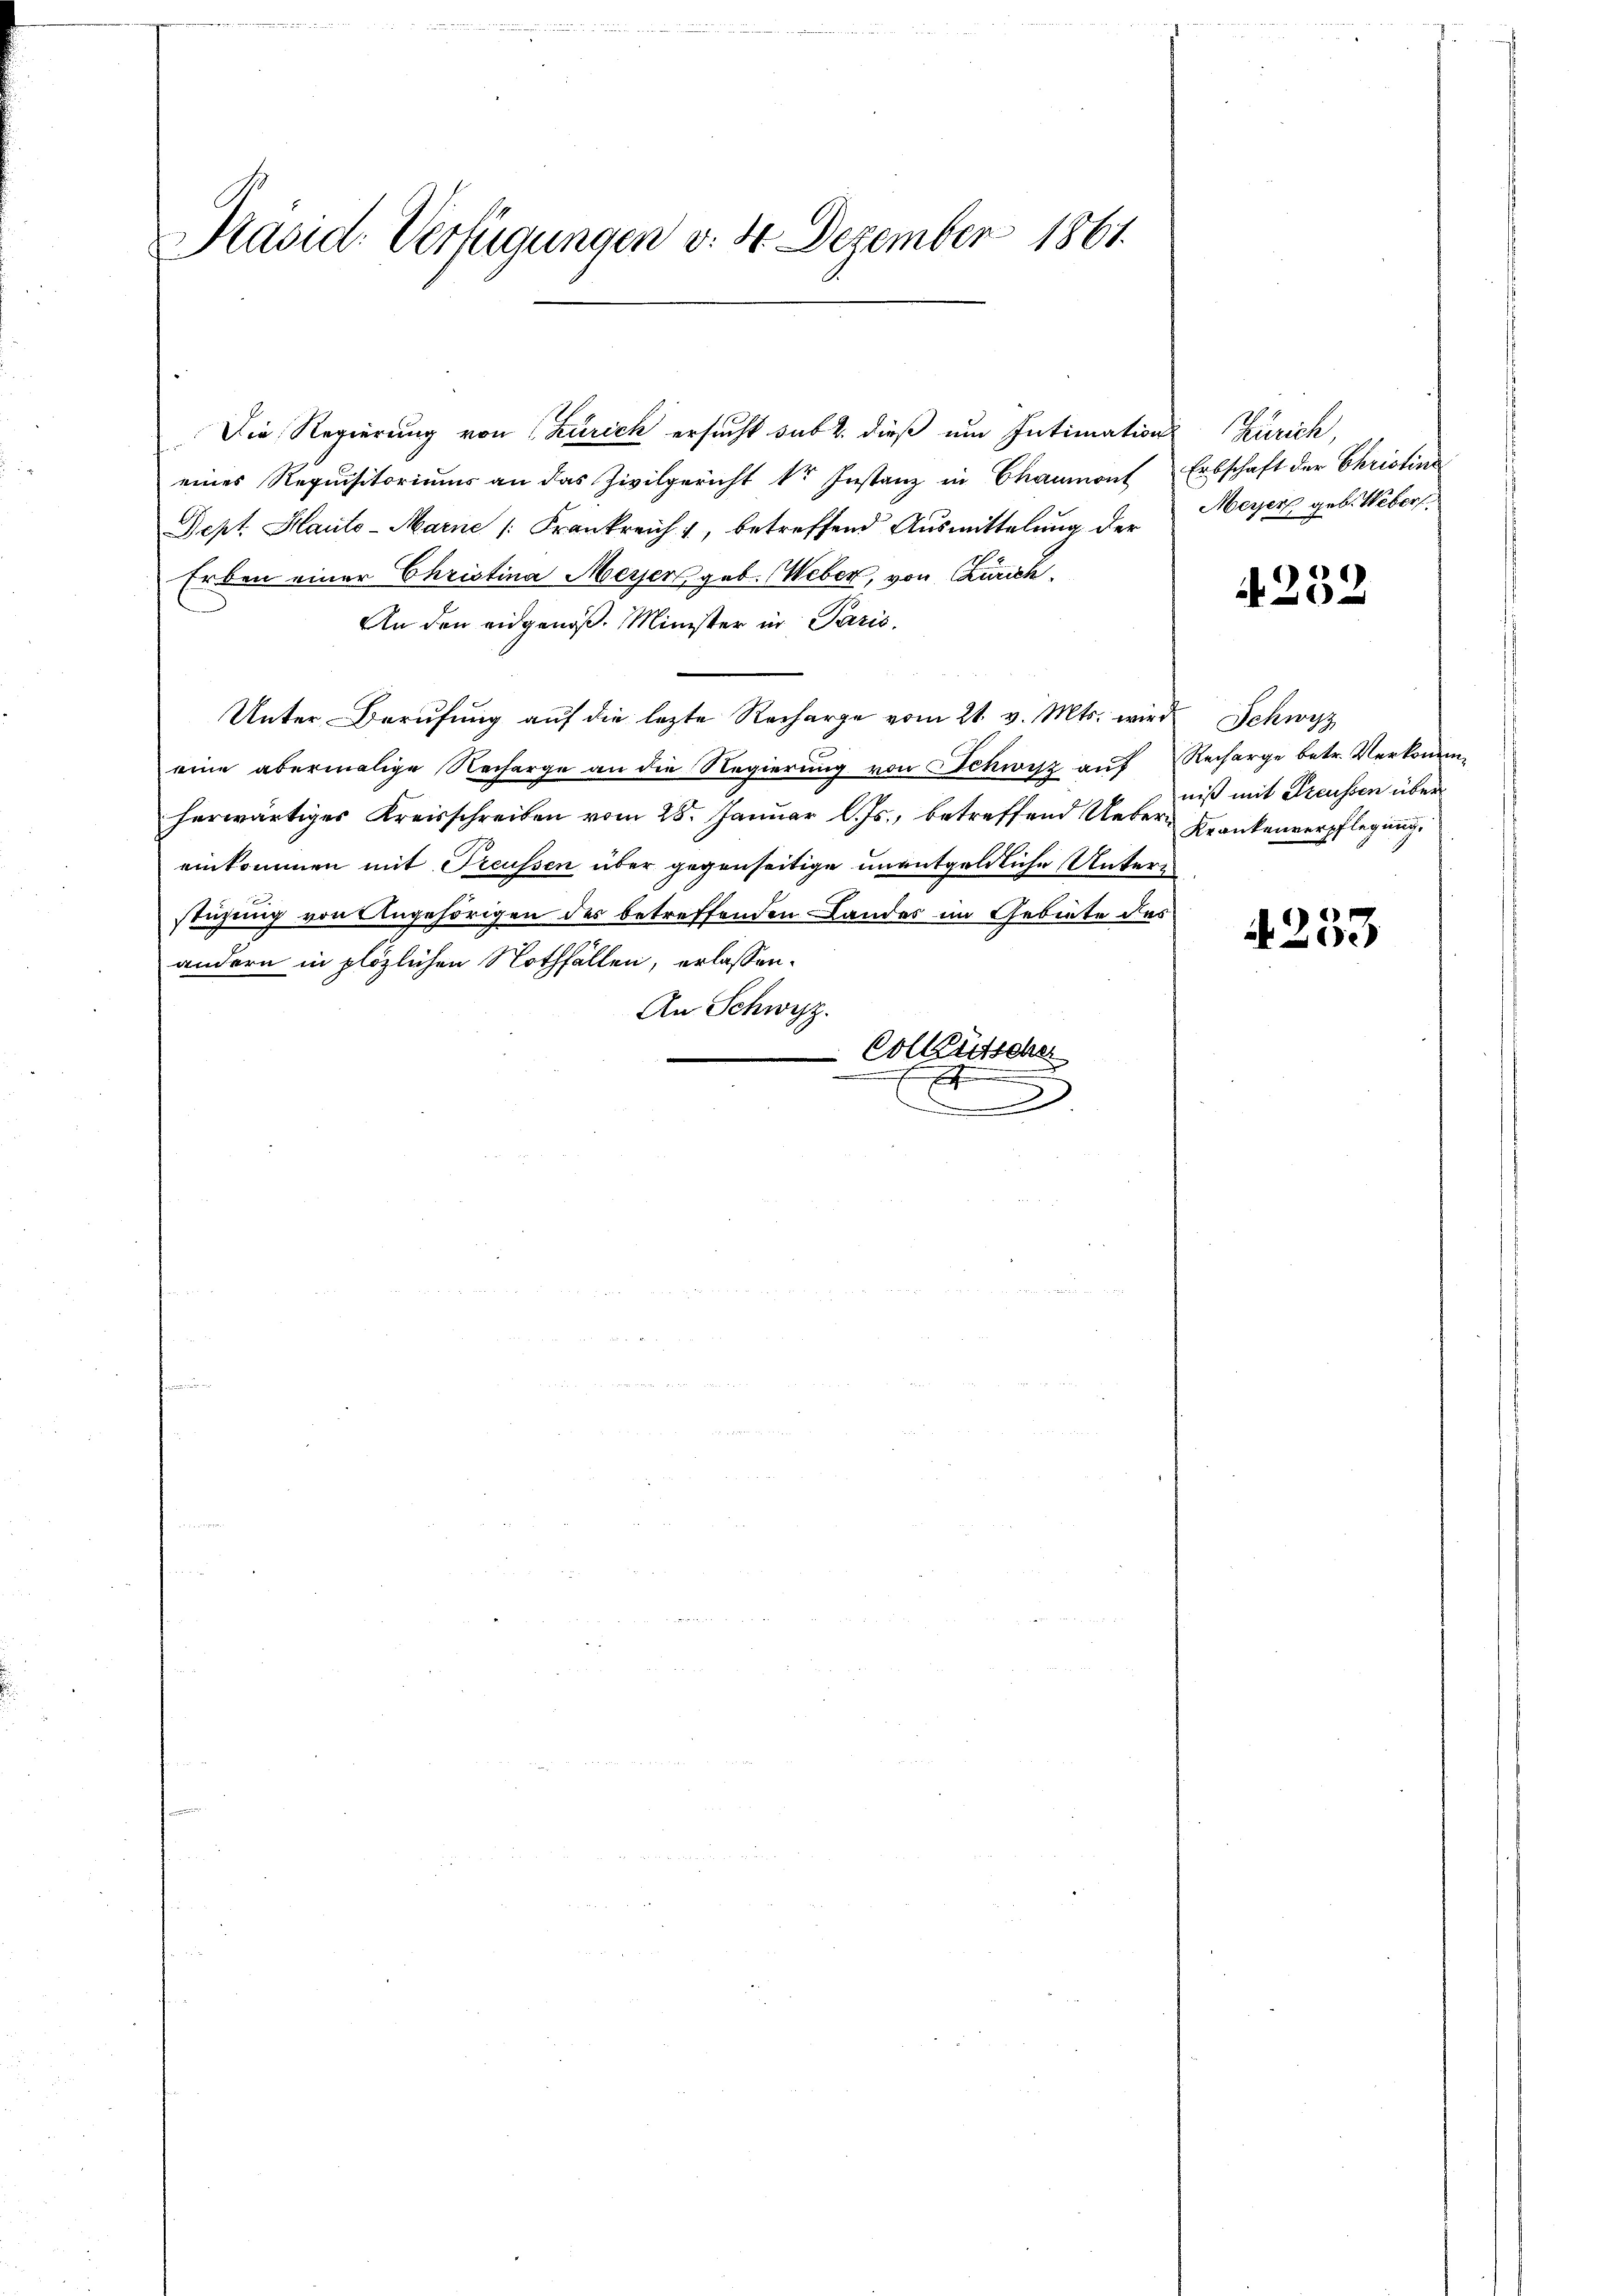
Kasid. Verfügungen v. 4. Dezember 1861.

Die Regierung von Zürich ersucht sub 2. dieß um Intimation
eines Requisitoriums an das Zivilgericht dr Instanz in Chaumont Erbschaft der Christins
Sept. Hauto-Marne |: Frankreich, betreffend Ausmittelung der Meyers geb. Weberf
Erben einer Christina Meyer geb. Weber, von Zürich.
An den eidgenöß. Minister in Paris.
Unter Berufung auf die letzte Recharge vom 21. v. Mts. wird
eine abermalige Recharge an die Regierung von Schwisz auf Recharge betr. Verkommherwärtiges Kreisschreiben vom 28. Januar l. Js., betreffend Ueber- Krankenverpflegung
einkommen mit Treussen über gegenseitige unentgeldliche Untern
stüzung von Angehörigen des betreffenden Landes im Gebiete des
andern in plözlichen Nothfällen, erlassen.
An Schwyz.
e
Colktütsche
.
x

Zürich,

4232

Schwyz
niß mit Freussen über

4233